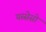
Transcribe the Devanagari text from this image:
यस्सेसो